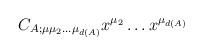
\begin{align*}C_{A;\mu \mu_2 \ldots \mu_{d(A)}} x^{\mu_2}\ldots x^{\mu_{d(A)}}\end{align*}